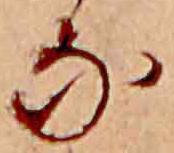
な